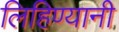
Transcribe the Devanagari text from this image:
लिहिण्यानी